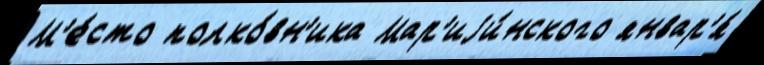
М'е́сто полко́вн'ика Мар'иjи́нского январ'я́